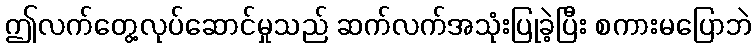
ဤလက်တွေ့လုပ်ဆောင်မှုသည် ဆက်လက်အသုံးပြုခဲ့ပြီး စကားမပြောဘဲ